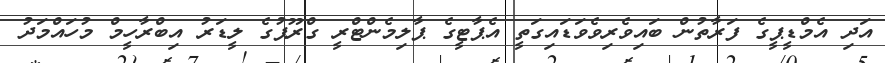
އަދި އެމްޑީޕީގެ ފަރާތުން ބައިވެރިވެވަޑައިގަތީ އެޕާޓީގެ ޕާލިމެންޓްރީ ގްރޫޕުގެ ލީޑަރު އިބްރާހީމް މުހައްމަދު